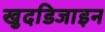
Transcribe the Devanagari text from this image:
खुदडिजाइन